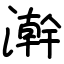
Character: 澣